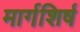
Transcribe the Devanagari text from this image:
मार्गशिर्ष